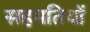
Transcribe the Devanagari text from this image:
सहमतियों